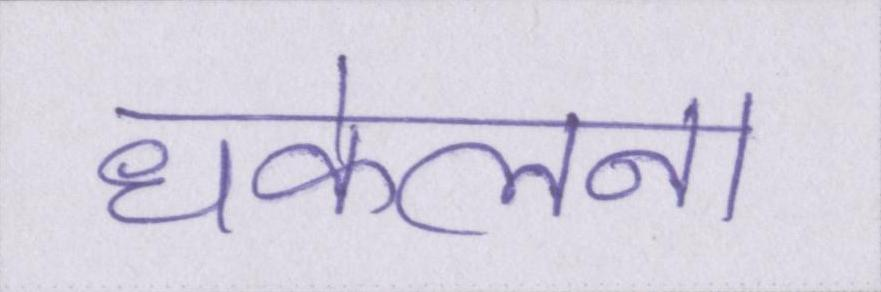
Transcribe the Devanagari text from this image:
धकेलना